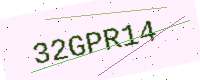
Text: 32GPR14